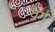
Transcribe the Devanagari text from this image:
वर्ग्